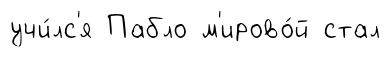
учи́лс'я Пабло м'ирово́й стал